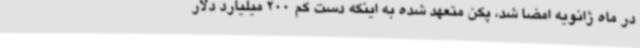
در ماه ژانویه امضا شد، پکن متعهد شده به اینکه دست کم 200 میلیارد دلار